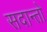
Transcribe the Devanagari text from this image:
सदान्तो